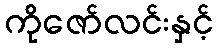
ကိုဇော်လင်းနှင့်